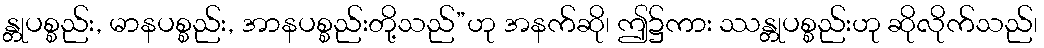
န္တုပစ္စည်း, မာနပစ္စည်း, အာနပစ္စည်းတို့သည်”ဟု အနက်ဆို၊ ဤ၌ကား ဿန္တုပစ္စည်းဟု ဆိုလိုက်သည်၊